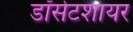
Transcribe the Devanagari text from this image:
डॉर्सेटशायर